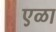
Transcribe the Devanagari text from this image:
एळा